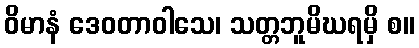
ဝိမာနံ ဒေဝတာဝါသေ၊ သတ္တဘူမိဃရမှိ စ။